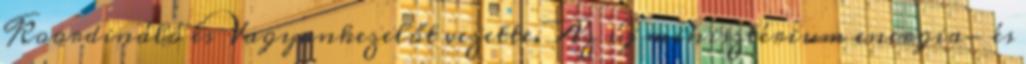
Koordináló és Vagyonkezelőt vezette. Az új minisztérium energia- és